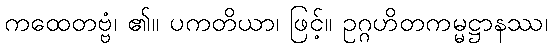
ကထေတဗ္ဗံ၊ ၏။ ပကတိယာ၊ ဖြင့်။ ဥဂ္ဂဟိတကမ္မဋ္ဌာနဿ၊